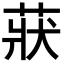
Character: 𦲚